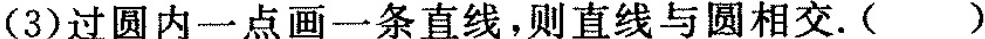
（3）过圆内一点画一条直线，则直线与圆相交。()